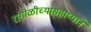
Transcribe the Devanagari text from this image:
रांगोळीच्यासहाय्याने